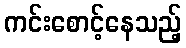
ကင်းစောင့်နေသည့်